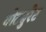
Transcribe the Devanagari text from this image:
वोट्युरेट